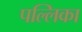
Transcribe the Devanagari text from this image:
पल्लिका